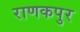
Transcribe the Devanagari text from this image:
राणकपुर